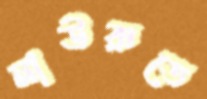
নাউরুতে